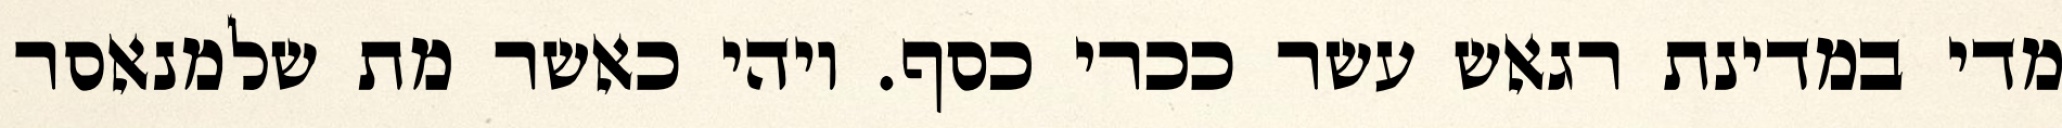
מדי במדינת רגאש עשר ככרי כסף. ויהי כאשר מת שלמנאסר